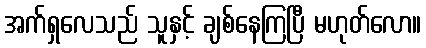
အက်ရှလေသည် သူနှင့် ချစ်နေကြပြီ မဟုတ်လော။